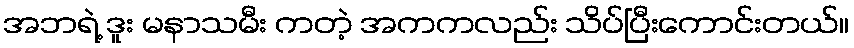
အဘရဲ့ ဒူး မနာသမီး ကတဲ့ အကကလည်း သိပ်ပြီးကောင်းတယ်။